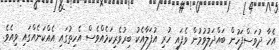
އެހާ ދުވަސްފަހުން ބައްދަލުވުމުން ވެފައި ހުރި އުފަލާއެކު ބިރުވެރިކަމެއްވެސް އެހިތުގައި އެއްކަނެއްގައި ވިއެވެ.